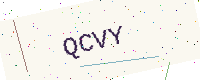
Text: QCVY